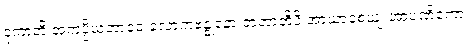
ဒုကာတိ အကပ္ပိယဘာဝေ လောကဗန္ဓုနော ဇာတာတိပိ အာယာစေယျ အာပဏိကော